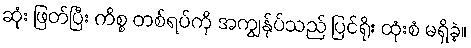
ဆုံး ဖြတ်ပြီး ကိစ္စ တစ်ရပ်ကို အကျွန်ုပ်သည် ပြင်ရိုး ထုံးစံ မရှိခဲ့။